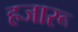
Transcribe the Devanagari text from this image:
हजारू